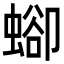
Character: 𧍕